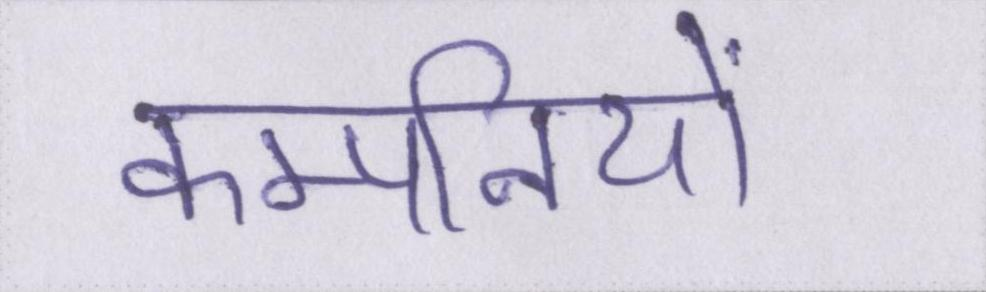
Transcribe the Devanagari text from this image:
कम्पनियों